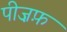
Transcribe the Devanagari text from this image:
पीज़फ़